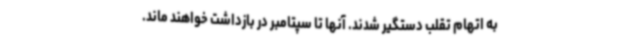
به اتهام تقلب دستگیر شدند. آنها تا سپتامبر در بازداشت خواهند ماند.